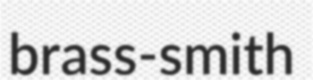
brass-smith